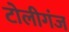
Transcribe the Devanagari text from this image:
टोलीगंज